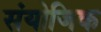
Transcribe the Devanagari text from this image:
संयोजिक